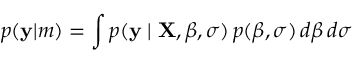
p ( \mathbf { y } | m ) = \int p ( \mathbf { y } \mid \mathbf { X } , { \boldsymbol { \beta } } , \sigma ) \, p ( { \boldsymbol { \beta } } , \sigma ) \, d { \boldsymbol { \beta } } \, d \sigma